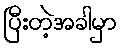
ပြီးတဲ့အခါမှာ